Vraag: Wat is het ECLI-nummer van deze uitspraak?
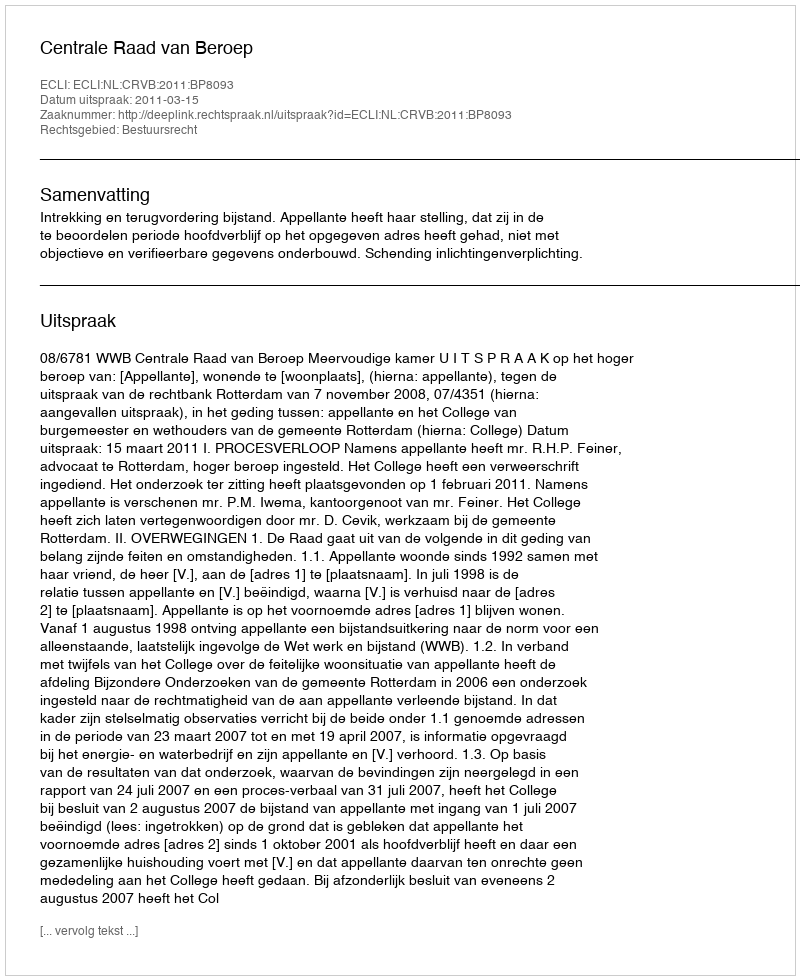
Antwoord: ECLI:NL:CRVB:2011:BP8093